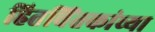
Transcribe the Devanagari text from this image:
हितचिंतकांच्या